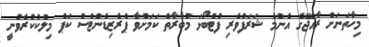
މިހާތަނަށް ރާއްޖޭގެ އެންމެ ޝަރަފުވެރި ފުޓްބޯޅަ މުބާރާތް ކަމަށްވާ ޕްރެޒިޑެންޓްސް ކަޕް މިލްކުކުރެވުނީ